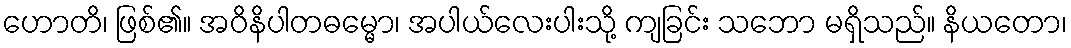
ဟောတိ၊ ဖြစ်၏။ အဝိနိပါတဓမ္မော၊ အပါယ်လေးပါးသို့ ကျခြင်း သဘော မရှိသည်။ နိယတော၊